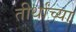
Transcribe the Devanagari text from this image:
तीर्थांच्या